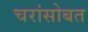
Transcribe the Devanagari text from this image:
चरांसोबत